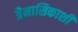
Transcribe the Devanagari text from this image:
त्रैमासिकाशी